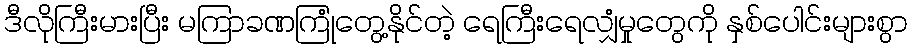
ဒီလိုကြီးမားပြီး မကြာခဏကြုံတွေ့နိုင်တဲ့ ရေကြီးရေလျှံမှုတွေကို နှစ်ပေါင်းများစွာ